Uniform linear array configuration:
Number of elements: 8
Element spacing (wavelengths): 0.75
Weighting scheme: cosine
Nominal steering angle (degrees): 0
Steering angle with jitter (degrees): -1.607
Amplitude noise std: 0.05
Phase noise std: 0.05

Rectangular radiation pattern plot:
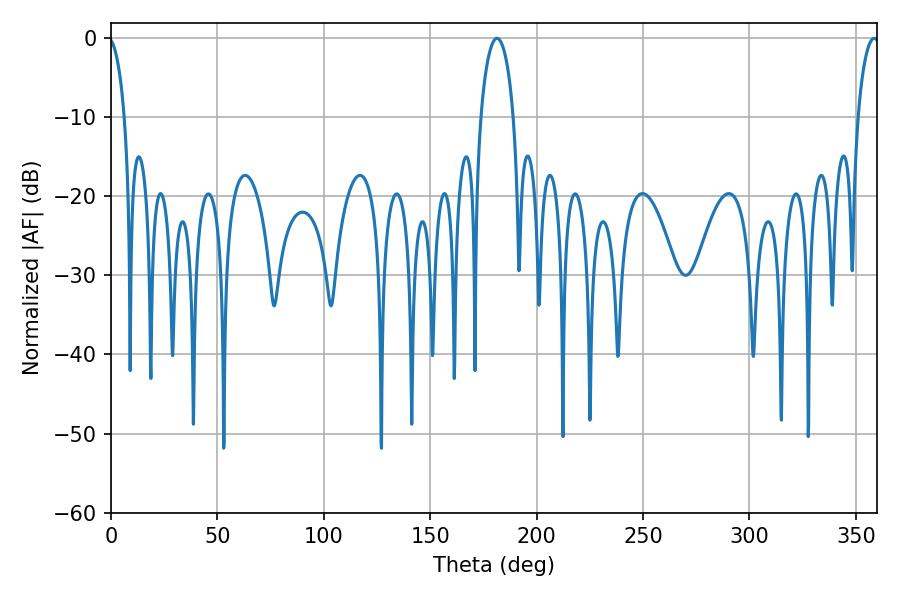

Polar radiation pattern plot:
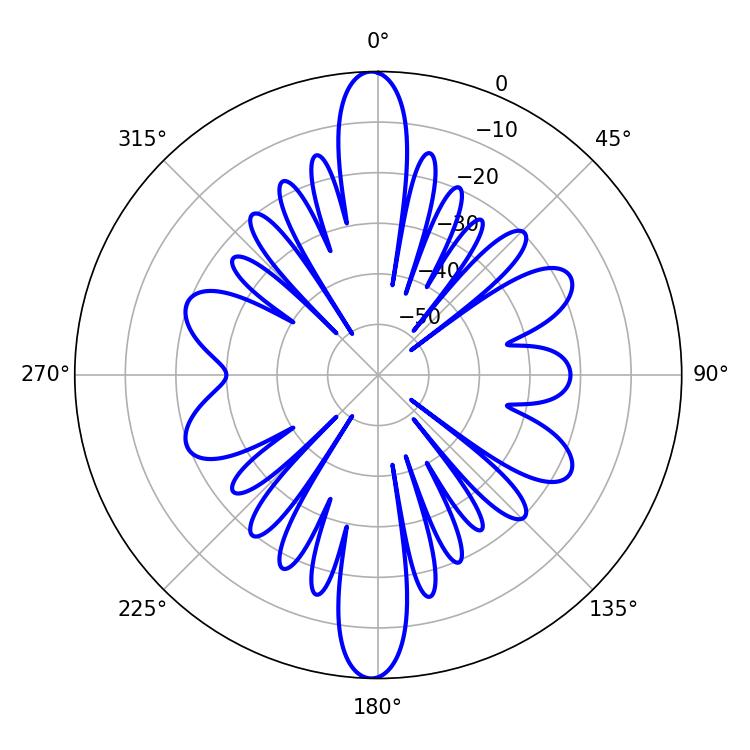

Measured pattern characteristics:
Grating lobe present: TRUE
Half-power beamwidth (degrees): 8.82
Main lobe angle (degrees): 181.44